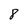
Character: 8